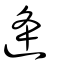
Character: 逄